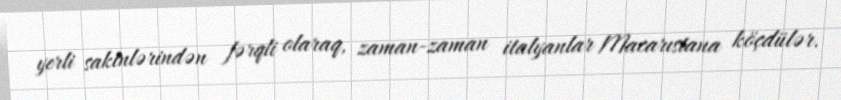
yerli sakinlərindən fərqli olaraq, zaman-zaman italyanlar Macarıstana köçdülər.